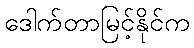
ဒေါက်တာမြင့်နိုင်က